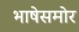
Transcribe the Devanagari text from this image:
भाषेसमोर